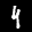
Label: 4